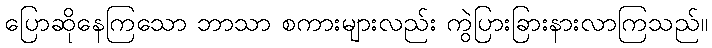
ပြောဆိုနေကြသော ဘာသာ စကားများလည်း ကွဲပြားခြားနားလာကြသည်။